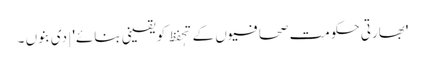
'بھارتی حکومت صحافیوں کے تحٖفظ کو یقینی بنائے' | دی بنوں ۔